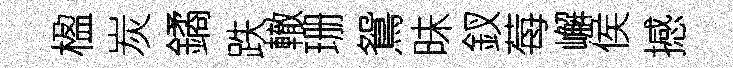
楹炭鐍跌轍珊鴛昧釵莓嶰侯撼